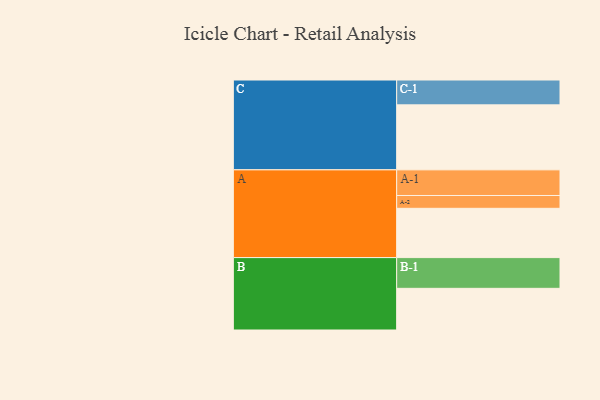
{"axis": {"x": "Segment", "y": "Value"}, "legend": ["", "A", "B", "C"], "data": [{"x": "A", "y": 446, "type": ""}, {"x": "B", "y": 377, "type": ""}, {"x": "C", "y": 588, "type": ""}, {"x": "A-1", "y": 232, "type": "A"}, {"x": "A-2", "y": 116, "type": "A"}, {"x": "B-1", "y": 278, "type": "B"}, {"x": "C-1", "y": 225, "type": "C"}]}